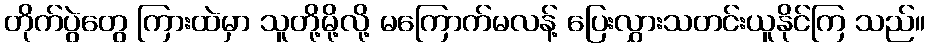
တိုက်ပွဲတွေ ကြားထဲမှာ သူတို့မို့လို့ မကြောက်မလန့် ပြေးလွှားသတင်းယူနိုင်ကြ သည်။